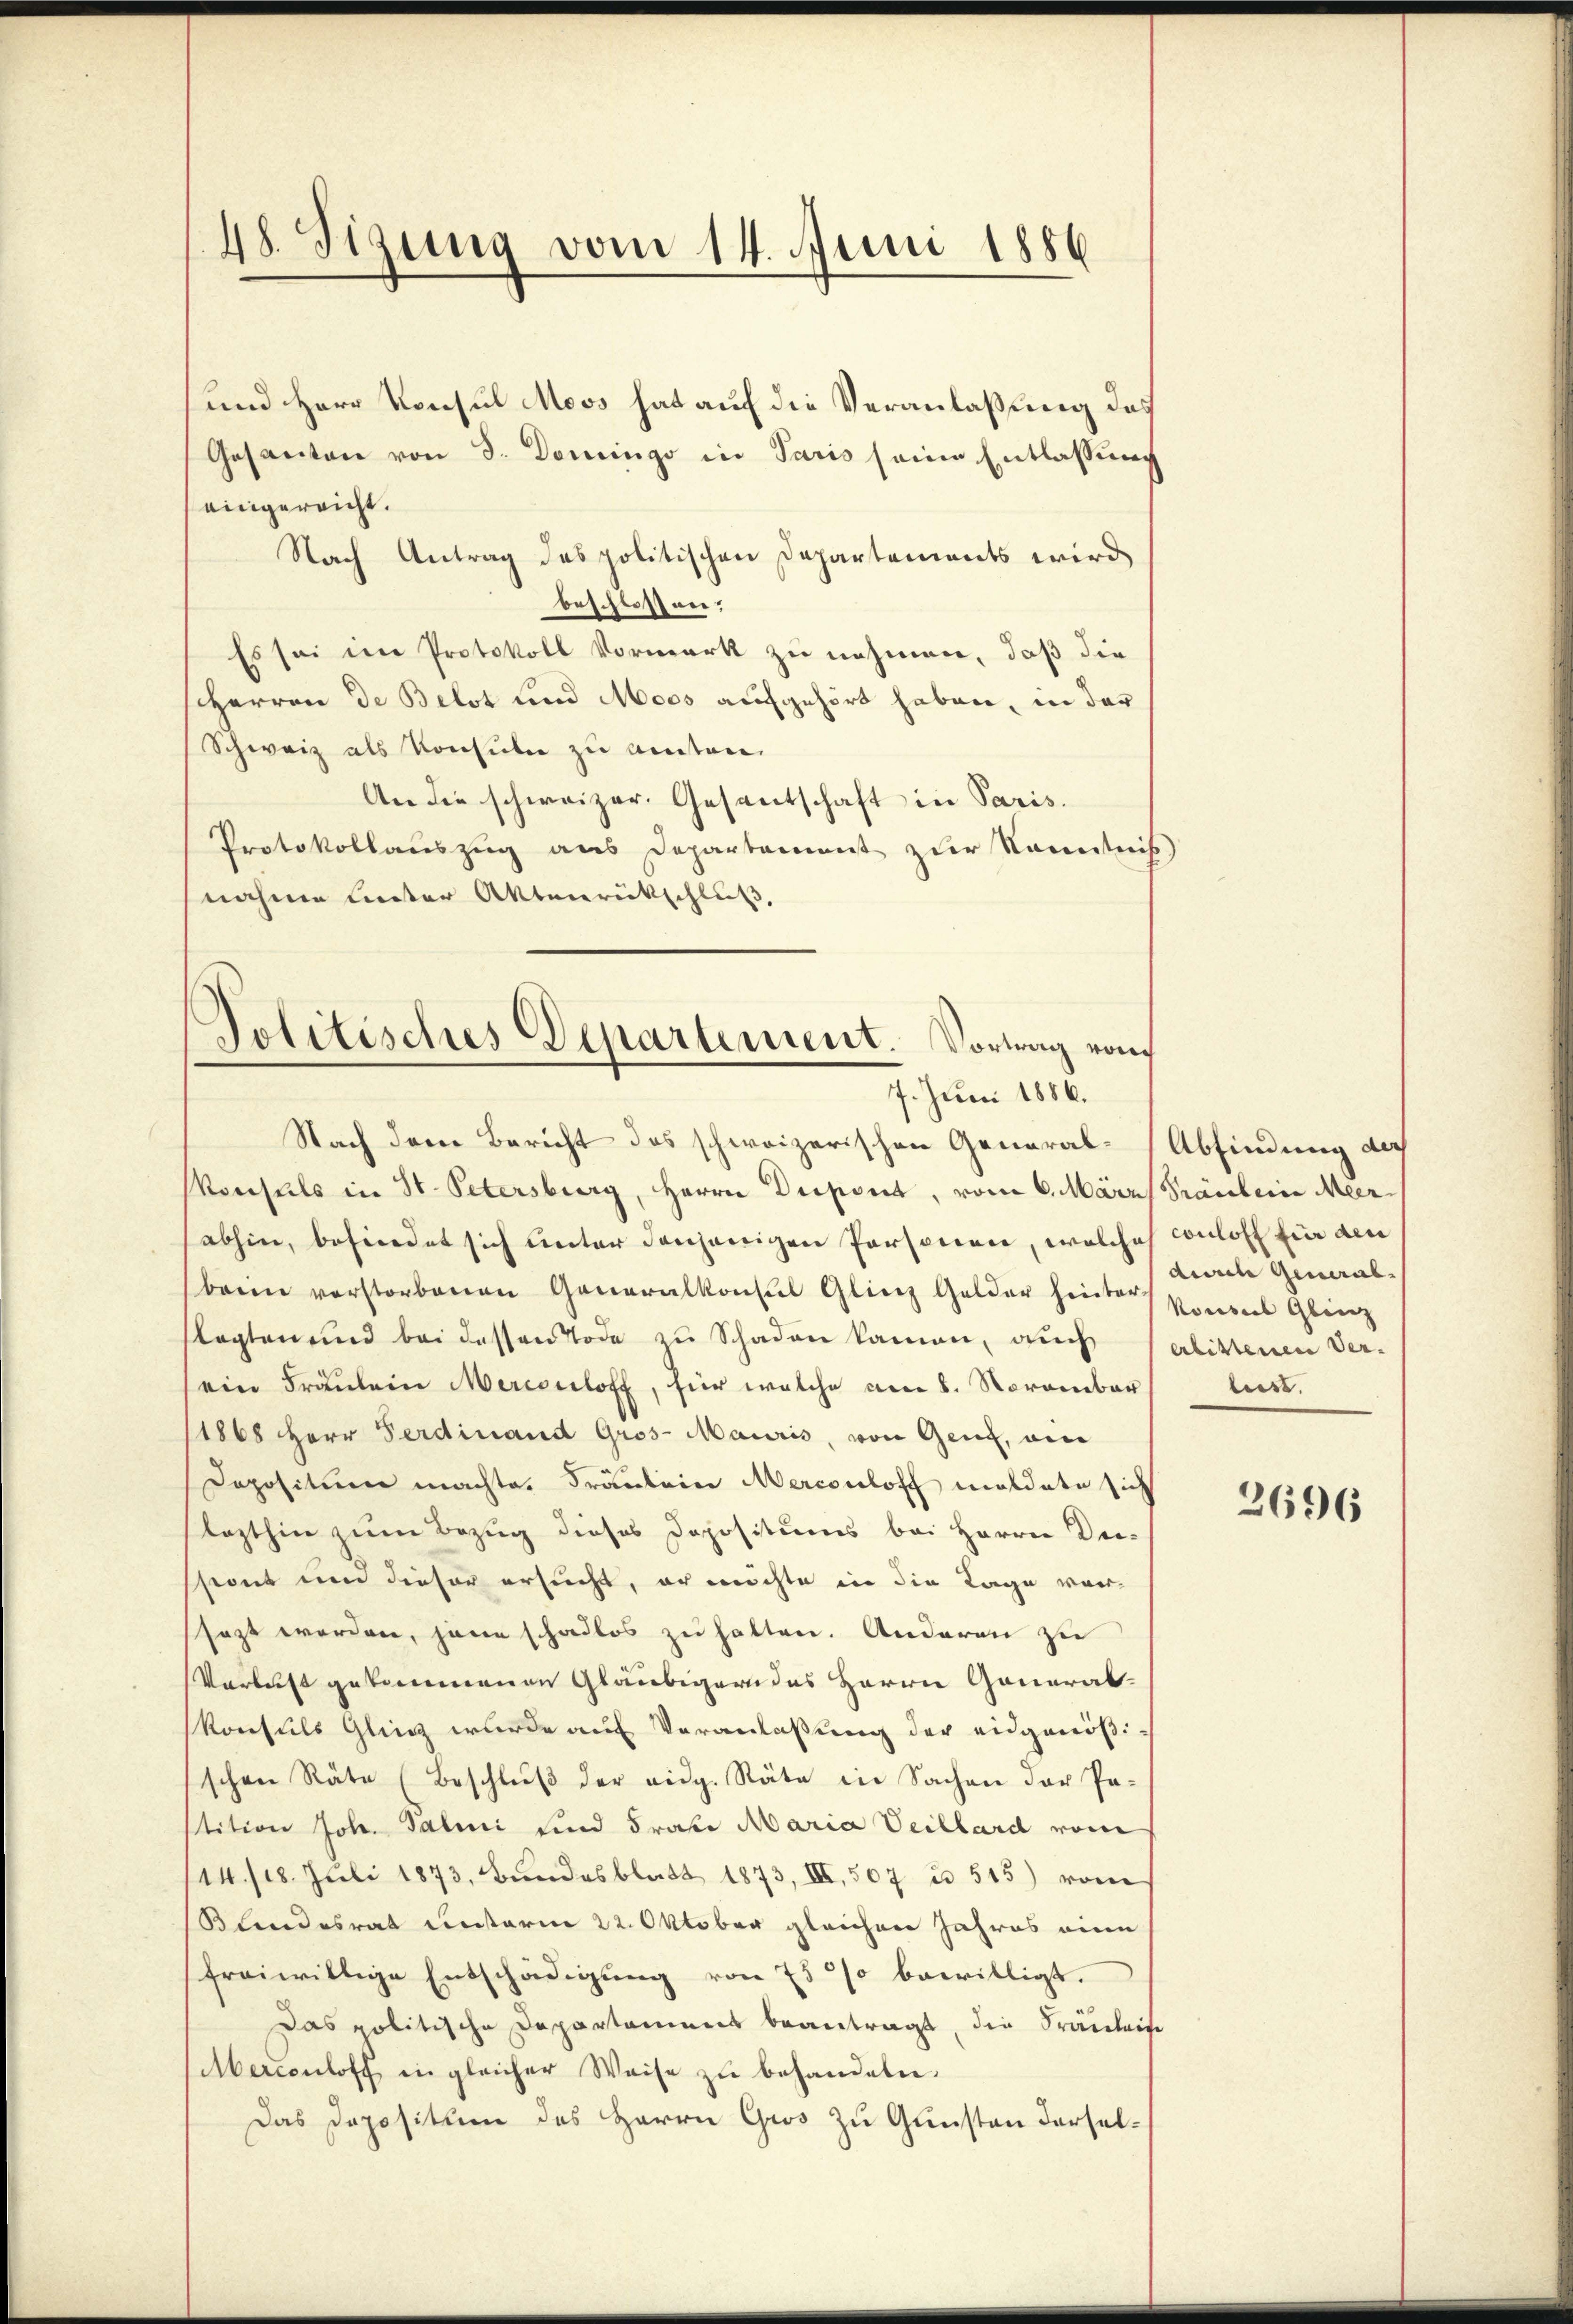
48. Sizung vom 14. Juni 1886

und Herr Konsul Moos hat auf die Veranlaßung das
Gesanten von d. Domingo in Paris seine Entlassung
eingereicht.
Nach Antrag des politischen Departements wird
beschlossen:
Es sei im Protokoll Vormerk zu nehmen, daß die
Herren de Belot und Moos aufgehört haben, in der
Schweiz als Konsulen zu anten
An die schweizer. Gesantschaft in Paris.
Protokollauszug aus Departement zur Kenntnis
nahme leiter Aktenrückschluß,
Politisches Departement. Vortrag ra

7. Juni 1886.

Nach dem Bericht das schweizerischen General-Abfindung der
Konseils in St. Petersburg, Herrn Dispont, vom 6. März Präulein Meer
abhin, befindet sich unter denjenigen Personen, welches conloff für den
beim verstorbenen Generalkonsul Gliez Gelder hinter Konzes Gliez
flegten und bei dessen Tode zu Schaden kamen, auch Verbittenen Ver-
ein Fräulein Mercculoff, für welche am 8. November
1868 Herr Ferdinand Gros-Mauris, von Gend, am
Dopositum machte. Fräulein Mercouloff Moldate sich
lezthin zum Bezug dieses Depositums bei Herrn Die-
sont und dieser ersucht, er möchte in die Tage vor-
sezt werden, jene schadlos zu halten. Anderen zu
Verlust gekommenen Gläubigern des Herrn General-
Konsuls Glig wurde auf Veranlaßung der eidgenößischen Räte (Beschlŭβ der eidg. Räte in Sachen der Pa-
stition Joh. Salini und Frate Maria Veillard von
14./18. Juli 1873, Bundesblatt 1873, III, 507 in 545) vom
Blandesrat unterm 22. Oktober gleichen Jahres eine
freiwillige Entschädigung von 75 % bewilligt.
Das politische Departamens beantragt, die Fräuleis
Merconloff in gleicher Weise zu behandeln.
Das Depositum des Herrn Gros zu Gunsten dersel¬

daene General-
liest. |

2696